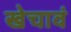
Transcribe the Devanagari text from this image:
खेचावं